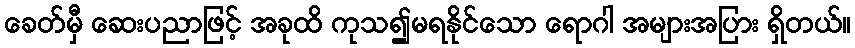
ခေတ်မှီ ဆေးပညာဖြင့် အခုထိ ကုသ၍မရနိုင်သော ရောဂါ အများအပြား ရှိတယ်။